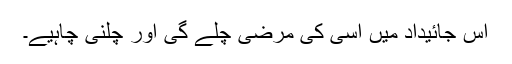
اس جائیداد میں اسی کی مرضی چلے گی اور چلنی چاہیے۔